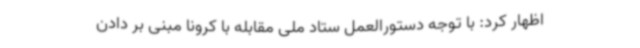
اظهار کرد: با توجه دستورالعمل ستاد ملی مقابله با کرونا مبنی بر دادن